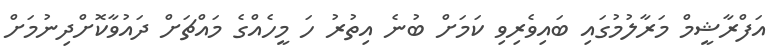
އަފްރާޝީމް މަރާލުމުގައި ބައިވެރިވި ކަމަށް ބުނެ އިތުރު ހަ މީހެއްގެ މައްޗަށް ދައުވާކޮށްދިނުމަށް